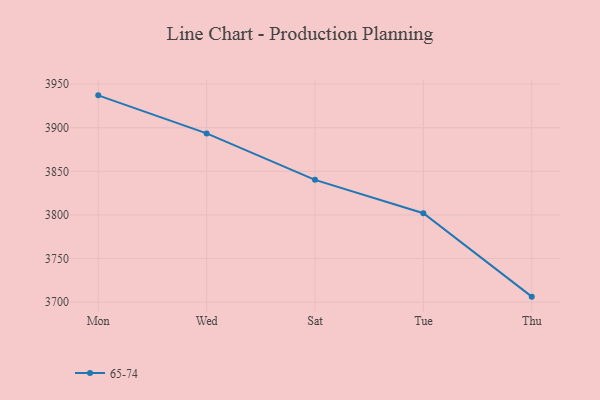
{"axis": {"x": "Day", "y": "Latency (ms)"}, "legend": ["65-74"], "data": [{"x": "Mon", "y": 3937.1, "type": "65-74"}, {"x": "Wed", "y": 3893.5, "type": "65-74"}, {"x": "Sat", "y": 3840.2, "type": "65-74"}, {"x": "Tue", "y": 3801.9, "type": "65-74"}, {"x": "Thu", "y": 3706.3, "type": "65-74"}]}